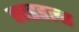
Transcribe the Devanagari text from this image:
साइडला